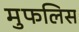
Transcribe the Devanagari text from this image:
मुफलिस